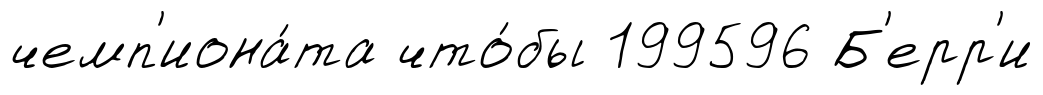
чемп'иона́та что́бы 199596 Б'ерр'и